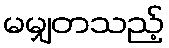
မမျှတသည့်